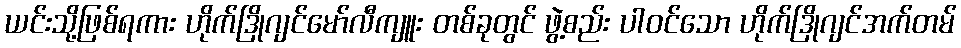
ယင်းသို့ဖြစ်ရကား ဟိုက်ဒြိုဂျင်မော်လီကျူး တစ်ခုတွင် ဖွဲ့စည်း ပါဝင်သော ဟိုက်ဒြိုဂျင်အက်တမ်